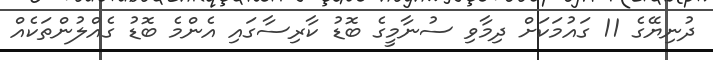
ދުނިޔޭގެ 11 ގައުމަކަށް ދިމާވި ސުނާމީގެ ބޮޑު ކާރިސާގައި އެންމެ ބޮޑު ގެއްލުންތަކެއް